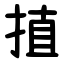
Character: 㨁